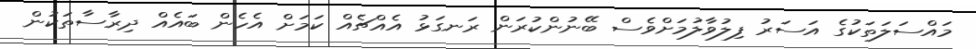
މައްސަލަތަކުގެ އަސަރު ފިލުވާލުމަށްވެސް ބޭނުންކުރަން ރަނގަޅު އެއްޗެއް ކަމަށް އެހެން ބައެއް ދިރާސާތަކުން